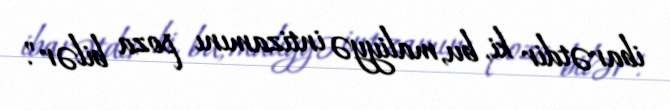
ibarətdir ki, bu, maliyyə intizamını poza bilər".